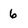
Character: 6